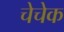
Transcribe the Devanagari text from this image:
चेचेक